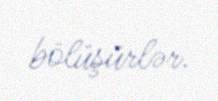
bölüşürlər.